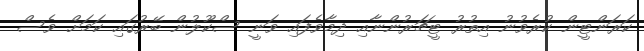
ކަރަންޓީން ކުރެވުނު އިތުރު ޓީޗަރުންނާއި ދިމާވެފައި ވަނީ ސްކޫލުން ބޭރުގައި ކަމަށް ވެސް